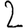
Digit: 2